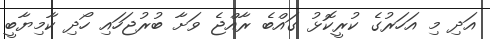
އަދި މި އަހަރުގެ ކުރީކޮޅު ގައްބެ ރާއްޖެ ވަށާ ބުރުޖަހައި ހޯދި ކާމިޔާބީ